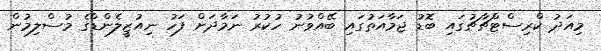
މިއަދު ކްރިސްޓްޗާޗުގައި ބޮޑު ޖަމާއަތުގައި ބޭއްވުނު ހުކުރު ނަމާދަށް ފަހު ނިއުޒީލެންޑްގެ މުސްލިމުން